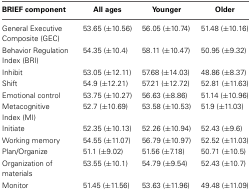
<table><thead><tr><td><b>BRIEF component</b></td><td><b>All ages</b></td><td><b>Younger</b></td><td><b>Older</b></td></tr></thead><tbody><tr><td>General Executive Composite (GEC)</td><td>53.65 (±10.56)</td><td>56.05 (±10.74)</td><td>51.48 (±10.16)</td></tr><tr><td>Behavior Regulation Index (BRI)</td><td>54.35 (±10.4)</td><td>58.11 (±10.47)</td><td>50.95 (±9.32)</td></tr><tr><td>Inhibit</td><td>53.05 (±12.11)</td><td>57.68 (±14.03)</td><td>48.86 (±8.37)</td></tr><tr><td>Shift</td><td>54.9 (±12.21)</td><td>57.21 (±12.72)</td><td>52.81 (±11.63)</td></tr><tr><td>Emotional control</td><td>53.75 (±10.27)</td><td>56.63 (±8.86)</td><td>51.14 (±10.96)</td></tr><tr><td>Metacognitive Index (MI)</td><td>52.7 (±10.69)</td><td>53.58 (±10.53)</td><td>51.9 (±11.03)</td></tr><tr><td>Initiate</td><td>52.35 (±10.13)</td><td>52.26 (±10.94)</td><td>52.43 (±9.6)</td></tr><tr><td>Working memory</td><td>54.55 (±11.07)</td><td>56.79 (±10.97)</td><td>52.52 (±11.03)</td></tr><tr><td>Plan/Organize</td><td>51.1 (±9.02)</td><td>51.56 (±7.18)</td><td>50.71 (±10.5)</td></tr><tr><td>Organization of materials</td><td>53.55 (±10.1)</td><td>54.79 (±9.54)</td><td>52.43 (±10.7)</td></tr><tr><td>Monitor</td><td>51.45 (±11.56)</td><td>53.63 (±11.96)</td><td>49.48 (±11.09)</td></tr></tbody></table>